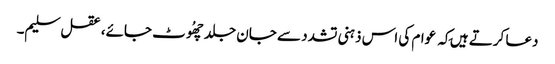
دعا کرتے ہیں کِہ عوام کی اس ذہنی تشدد سے جان جلد چھُوٹ جائے، عقل سلیم۔